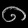
Digit: ၈